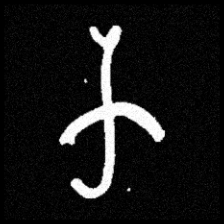
Pyu character \u2014 Myanmar letter: က (romanized: ka)